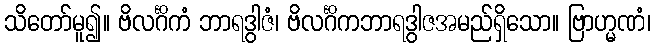
သိတော်မူ၍။ ဗိလင်္ဂိကံ ဘာရဒွါဇံ၊ ဗိလင်္ဂိကဘာရဒွါဇအမည်ရှိသော။ ဗြာဟ္မဏံ၊